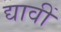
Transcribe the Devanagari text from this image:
द्यावीं